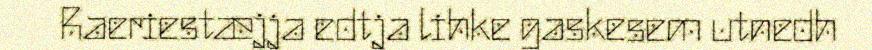
Raeriestæjja edtja lihke gaskesem utnedh